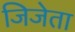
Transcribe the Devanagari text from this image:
जिजेता